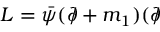
{ \cal L } = \bar { \psi } ( \partial \! \! \! \slash + m _ { 1 } ) ( \partial \! \! \! \slash